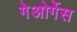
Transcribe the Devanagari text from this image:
गेओर्गेस